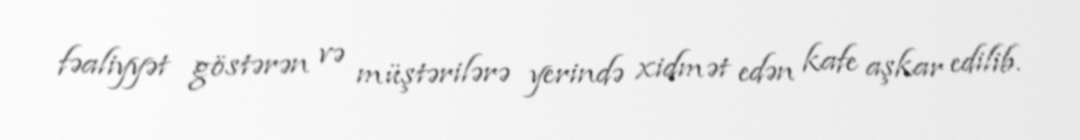
fəaliyyət göstərən və müştərilərə yerində xidmət edən kafe aşkar edilib.